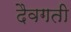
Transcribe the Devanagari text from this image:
दैवगती